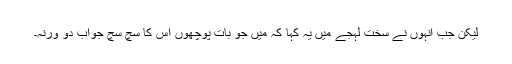
لیکن جب انہوں نے سخت لہجے میں یہ کہا کہ میں جو بات پوچھوں اس کا سچ سچ جواب دو ورنہ۔